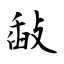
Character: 敮